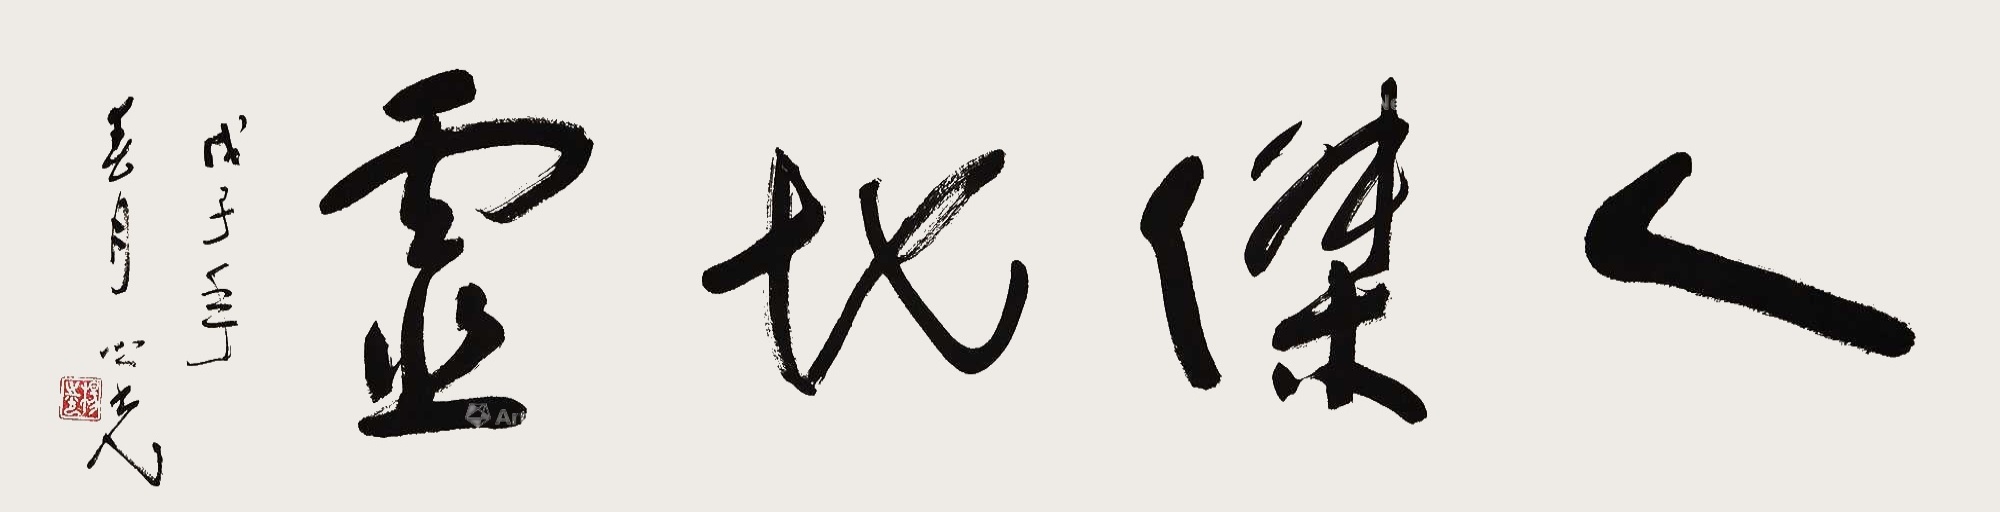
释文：人杰地灵。戊子年春月，之光。